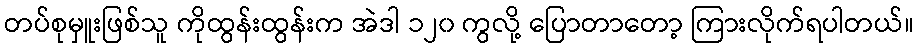
တပ်စုမှူးဖြစ်သူ ကိုထွန်းထွန်းက အဲဒါ ၁၂၀ ကွလို့ ပြောတာတော့ ကြားလိုက်ရပါတယ်။